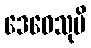
ဒေဝေသုပိ